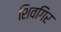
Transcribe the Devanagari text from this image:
शिवगिर